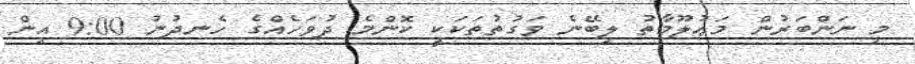
މި ނަންބަރުން މަޢުލޫމާތު ލިބޭނެ ވަގުތުތަކަކީ ކޮންމެ ދުވަހެއްގެ ހެނދުނު 9:00 އިން